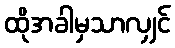
ထိုအခါမှသာလျှင်